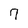
Character: 7